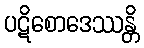
ပဋိစောဒေဿန္တိ